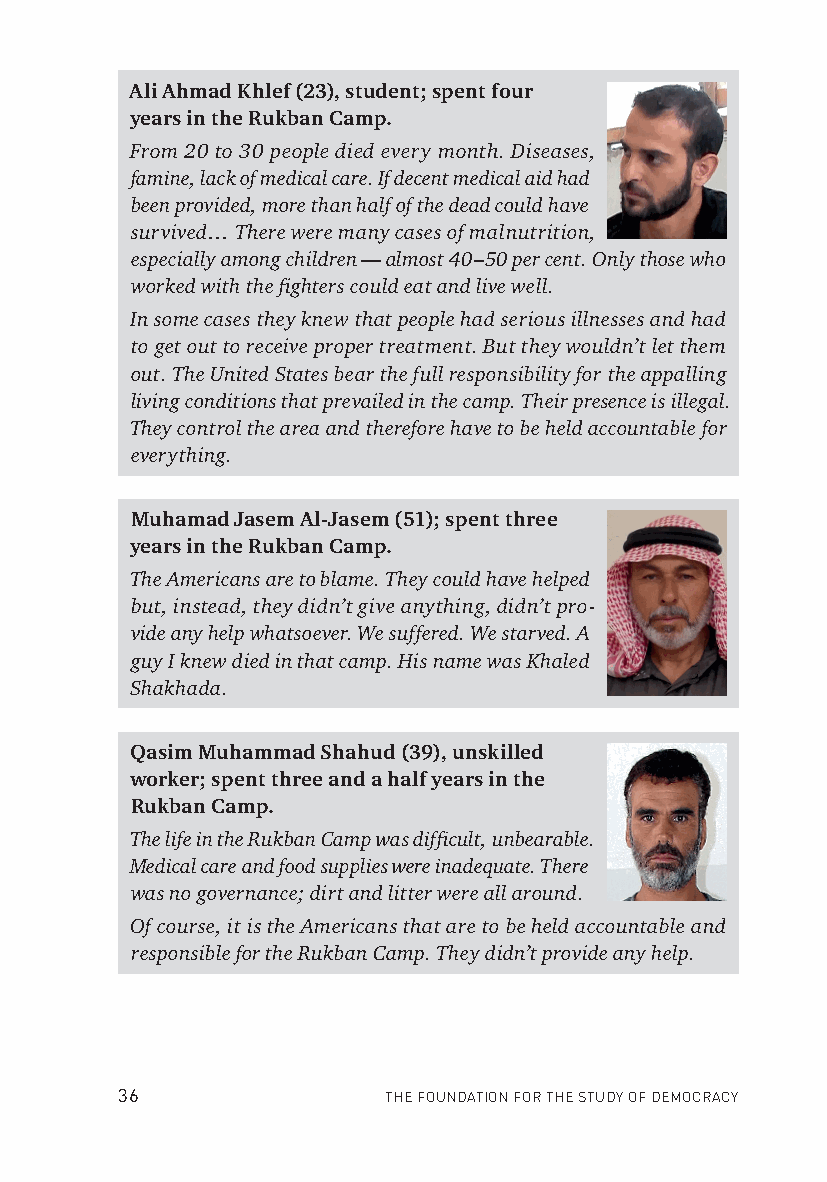
Ali Ahmad Khlef (23), student; spent four
 years in the Rukban Camp.
 From 20 to 30 people died every month. Diseases,
 famine, lack of medical care. If decent medical aid had
 been provided, more than half of the dead could have
 survived… There were many cases of malnutrition,
 especially among children — almost 40–50 per cent. Only those who
 worked with the fi ghters could eat and live well.
 In some cases they knew that people had serious illnesses and had
 to get out to receive proper treatment. But they wouldn’t let them
 out. The United States bear the full responsibility for the appalling
 living conditions that prevailed in the camp. Their presence is illegal.
 They control the area and therefore have to be held accountable for
 everything.
 Muhamad Jasem Al-Jasem (51); spent three
 years in the Rukban Camp.
 The Americans are to blame. They could have helped
 but, instead, they didn’t give anything, didn’t pro-
 vide any help whatsoever. We suffered. We starved. A
 guy I knew died in that camp. His name was Khaled
 Shakhada.
 Qasim Muhammad Shahud (39), unskilled
 worker; spent three and a half years in the
 Rukban Camp.
 The life in the Rukban Camp was diffi cult, unbearable.
 Medical care and food supplies were inadequate. There
 was no governance; dirt and litter were all around.
 Of course, it is the Americans that are to be held accountable and
 responsible for the Rukban Camp. They didn’t provide any help.
 36               THE FOUNDATION FOR THE STUDY OF DEMOCRACY